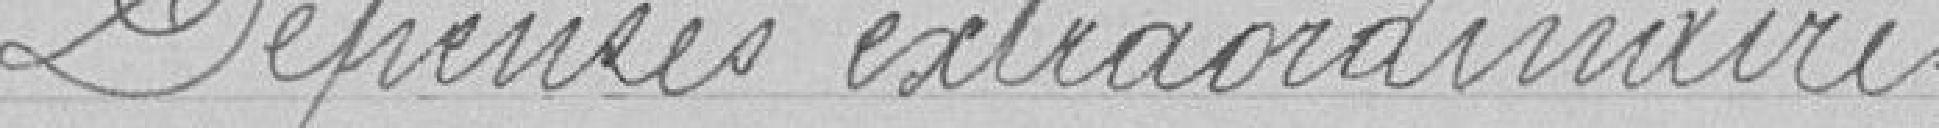
Dépenses extraordinaires